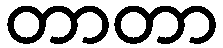
တာတာ